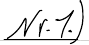
Nr.1.)